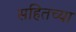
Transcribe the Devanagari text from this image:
सहितच्या